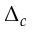
\Delta _ { c }